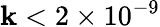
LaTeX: \mathbf{k}<2\times10^{-9}